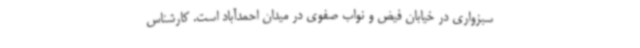
سبزواری در خیابان فیض و نواب صفوی در میدان احمدآباد است. کارشناس